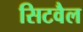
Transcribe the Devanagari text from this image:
सिटवैल